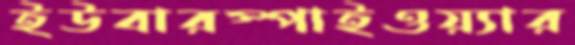
ইউবারস্পাইওয়্যার